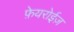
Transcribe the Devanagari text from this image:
फ़ेयरोईज़